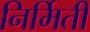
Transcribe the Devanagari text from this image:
निर्मिती